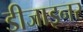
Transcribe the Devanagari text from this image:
डीजाइनर